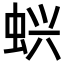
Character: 𬠇